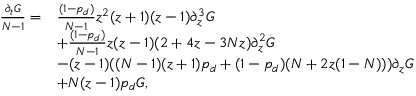
\begin{array} { r l } { \frac { \partial _ { t } G } { N - 1 } = } & { \frac { ( 1 - p _ { d } ) } { N - 1 } z ^ { 2 } ( z + 1 ) ( z - 1 ) \partial _ { z } ^ { 3 } G } \\ & { + \frac { ( 1 - p _ { d } ) } { N - 1 } z ( z - 1 ) ( 2 + 4 z - 3 N z ) \partial _ { z } ^ { 2 } G } \\ & { - ( z - 1 ) ( ( N - 1 ) ( z + 1 ) p _ { d } + ( 1 - p _ { d } ) ( N + 2 z ( 1 - N ) ) ) \partial _ { z } G } \\ & { + N ( z - 1 ) p _ { d } G , } \end{array}